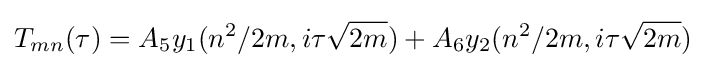
T_{mn}(\tau )=A_{5}y_{1}(n^{2}/2m,i\tau {\sqrt {2m}})+A_{6}y_{2}(n^{2}/2m,i\tau {\sqrt {2m}})